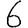
Digit: 6